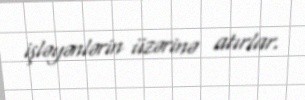
işləyənlərin üzərinə atırlar.